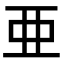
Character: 亜